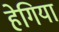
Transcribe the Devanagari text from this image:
हेगिया